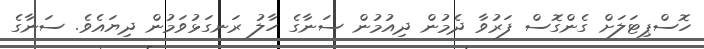
ހޮސްޕިޓަލަށް ގެންގޮސް ފަރުވާ ދެމުން ދިއުމުން ސަނާގެ ހާލު ރަނގަޅުވަމުން ދިޔައެވެ. ސަނާގެ